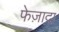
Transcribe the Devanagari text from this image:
फेज़ादा